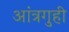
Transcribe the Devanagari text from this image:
आंत्रगुही